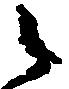
之